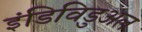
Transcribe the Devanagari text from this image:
इंडिविडुअल